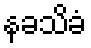
နခသိခံ